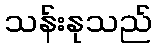
သန်းနုသည်